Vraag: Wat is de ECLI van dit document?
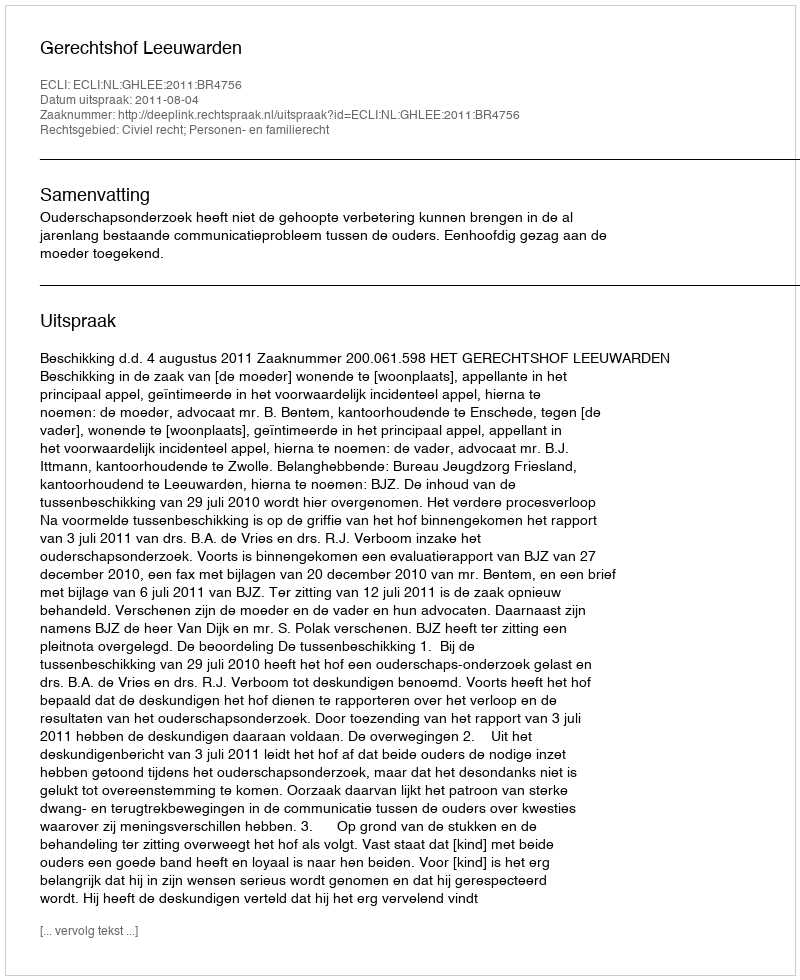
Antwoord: ECLI:NL:GHLEE:2011:BR4756